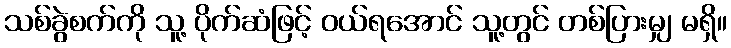
သစ်ခွဲစက်ကို သူ့ ပိုက်ဆံဖြင့် ဝယ်ရအောင် သူ့တွင် တစ်ပြားမျှ မရှိ။